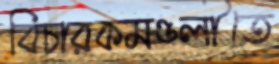
বিচারকমণ্ডলীতে